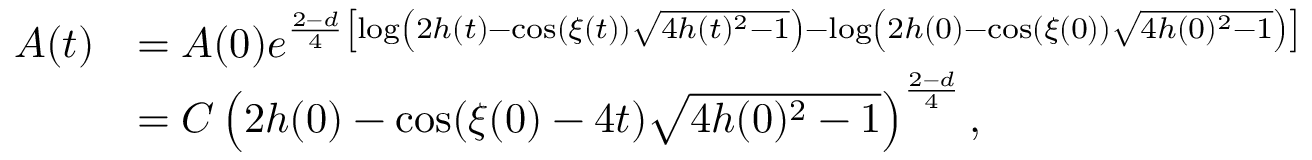
\begin{array} { r l } { A ( t ) } & { = A ( 0 ) e ^ { \frac { 2 - d } { 4 } \left[ \log \left( 2 h ( t ) - \cos ( \xi ( t ) ) \sqrt { 4 h ( t ) ^ { 2 } - 1 } \right) - \log \left( 2 h ( 0 ) - \cos ( \xi ( 0 ) ) \sqrt { 4 h ( 0 ) ^ { 2 } - 1 } \right) \right] } } \\ & { = C \left( 2 h ( 0 ) - \cos ( \xi ( 0 ) - 4 t ) \sqrt { 4 h ( 0 ) ^ { 2 } - 1 } \right) ^ { \frac { 2 - d } { 4 } } , } \end{array}